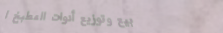
بيع وتوزيع أدوات المطبخ ا